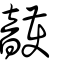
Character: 頀